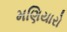
મણિયારો